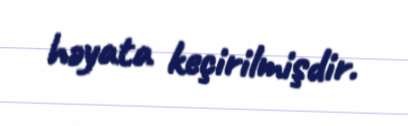
həyata keçirilmişdir.